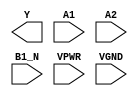
module sky130_fd_sc_hs__o21bai (
    Y   ,
    A1  ,
    A2  ,
    B1_N,
    VPWR,
    VGND
);

    output Y   ;
    input  A1  ;
    input  A2  ;
    input  B1_N;
    input  VPWR;
    input  VGND;
endmodule